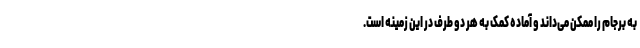
به برجام را ممکن می‌داند و آماده کمک به هر دو طرف در این زمینه است.